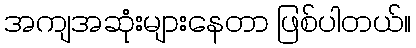
အကျအဆုံးများနေတာ ဖြစ်ပါတယ်။